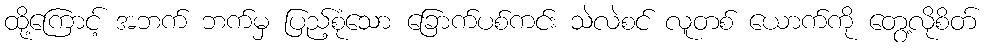
ထို့ကြောင့် အဘက် ဘက်မှ ပြည့်စုံသော ခြောက်ပစ်ကင်း သဲလဲစင် လူတစ် ယောက်ကို တွေ့လိုစိတ်